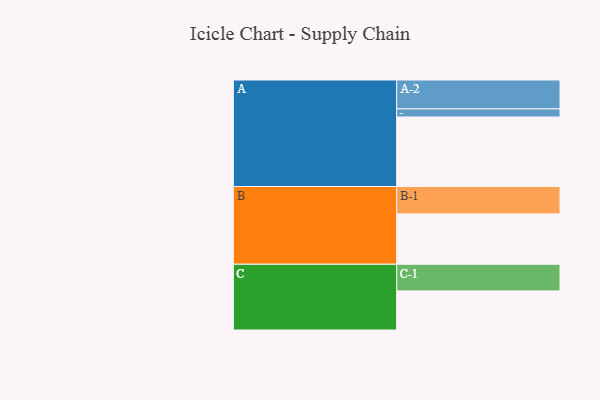
{"axis": {"x": "Segment", "y": "Value"}, "legend": ["", "A", "B", "C"], "data": [{"x": "A", "y": 556, "type": ""}, {"x": "B", "y": 403, "type": ""}, {"x": "C", "y": 313, "type": ""}, {"x": "A-1", "y": 65, "type": "A"}, {"x": "A-2", "y": 231, "type": "A"}, {"x": "B-1", "y": 219, "type": "B"}, {"x": "C-1", "y": 213, "type": "C"}]}